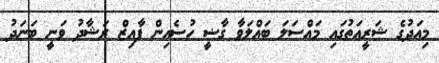
މިއަދުގެ ޝަރީއަތުގައި މައްސަލަ ބައްލަވާ ގާޟީ ހުސެއިން ފާއިޒް ރަޝާދު ވަނީ ބަނަދު